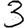
Digit: 3